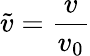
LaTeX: \tilde{v}=\frac{v}{v_{0}}